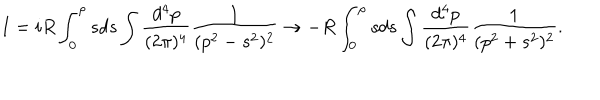
I = i R \int _ { 0 } ^ { \rho } s d s \int \frac { d ^ { 4 } p } { ( 2 \pi ) ^ { 4 } } \frac { 1 } { ( p ^ { 2 } - s ^ { 2 } ) ^ { 2 } } \rightarrow - R \int _ { 0 } ^ { \rho } s d s \int \frac { d ^ { 4 } p } { ( 2 \pi ) ^ { 4 } } \frac { 1 } { ( p ^ { 2 } + s ^ { 2 } ) ^ { 2 } } .